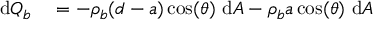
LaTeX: \begin{array} { r l } { \mathrm { d } Q _ { b } } & { { } = - \rho _ { b } ( d - a ) \cos ( \theta ) \ \mathrm { d } A - \rho _ { b } a \cos ( \theta ) \ \mathrm { d } A } \end{array}